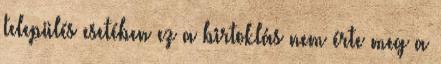
település esetében ez a birtoklás nem érte meg a